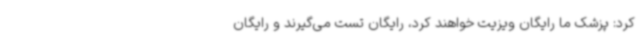
کرد: پزشک ما رایگان ویزیت خواهند کرد، رایگان تست می‌گیرند و رایگان